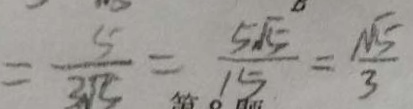
= \frac { 5 } { 3 \sqrt { 5 } } = \frac { 5 \sqrt { 5 } } { 1 5 } = \frac { \sqrt { 5 } } { 3 }